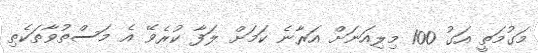
މަގުމަތީ އަގު 100 މިލިއަނަށް އަރާނެ ކަމަށް ލަފާ ކުރެވޭ އެ މަސްތުވާތަކެތި